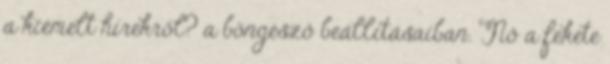
a kiemelt hírekről? a böngésző beállításaiban. Nő a fekete